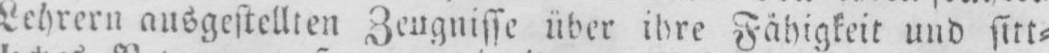
Lehrern ausgestellten Zeugnisse über ihre Fähigkeit und sitt⸗